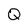
Character: Q